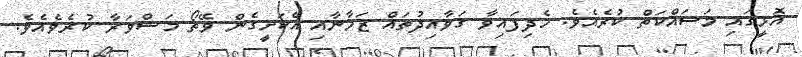
އޮޅީގައި މަސައްކަތް ކުރެއެވެ. ހެދިފައިވާ ގަވާއިދުތައް ޒަމާނާއި އެކަށީގެން ވޭތޯ މަޝްވަރާ ކުރެވެއެވެ.